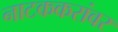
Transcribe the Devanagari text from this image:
नाटककरांवर